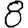
Digit: 8